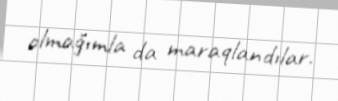
olmağımla da maraqlandılar.